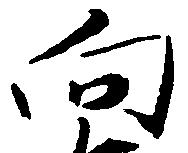
向